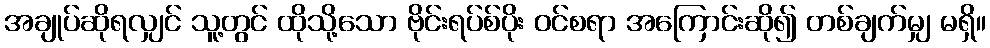
အချုပ်ဆိုရလျှင် သူ့တွင် ထိုသို့သော ဗိုင်းရပ်စ်ပိုး ဝင်စရာ အကြောင်းဆို၍ တစ်ချက်မျှ မရှိ။